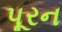
પૂરન